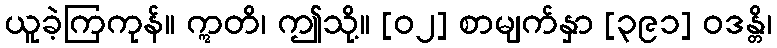
ယူခဲ့ကြကုန်။ ဣတိ၊ ဤသို့။ [၀၂] စာမျက်နှာ [၃၉၁] ဝဒန္တိ၊